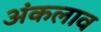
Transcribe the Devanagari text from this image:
अंकलाव